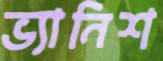
ভ্যানিশ